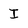
Character: I